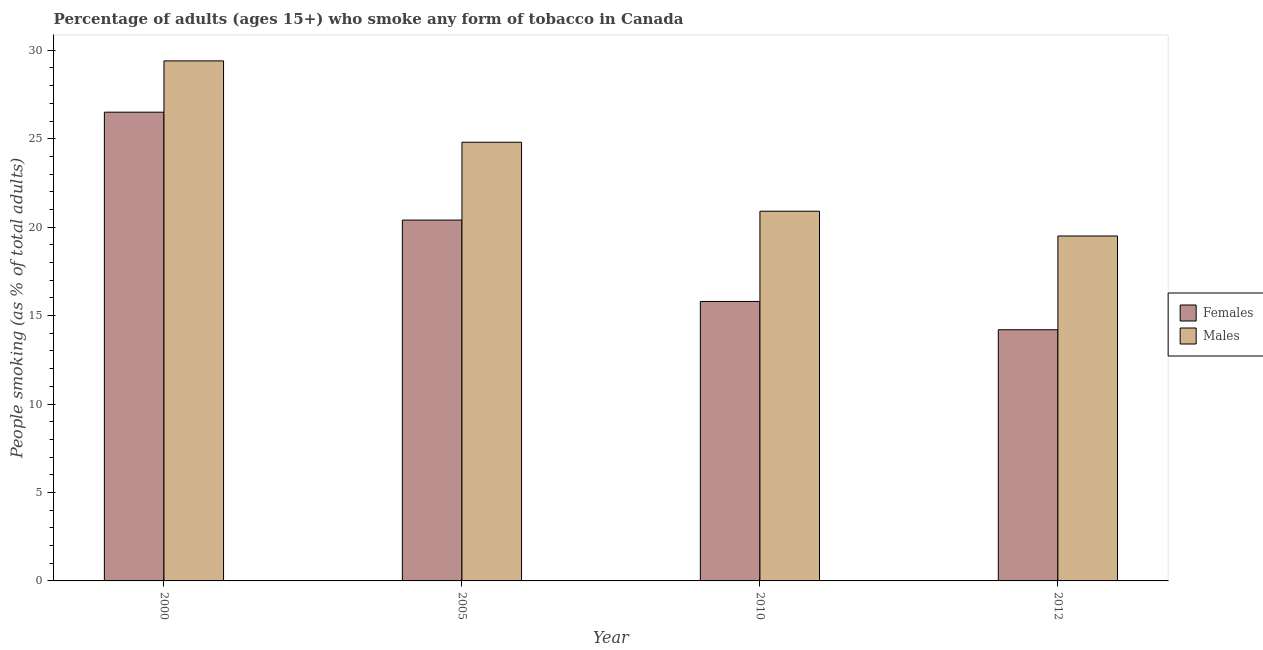
| Year | Females | Males |
 | --- | --- | --- |
 | 2000 | 26.5 | 29.4 |
 | 2005 | 20.4 | 24.8 |
 | 2010 | 15.8 | 20.9 |
 | 2012 | 14.2 | 19.5 |